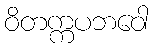
ဝိတက္ကပဘဝေါ